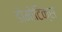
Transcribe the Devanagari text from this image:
डोमोटिक्स